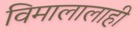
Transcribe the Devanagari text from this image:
विमालालाही